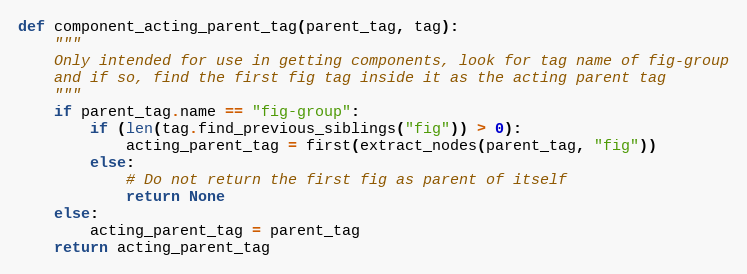
Language: Python
def component_acting_parent_tag(parent_tag, tag):
    """
    Only intended for use in getting components, look for tag name of fig-group
    and if so, find the first fig tag inside it as the acting parent tag
    """
    if parent_tag.name == "fig-group":
        if (len(tag.find_previous_siblings("fig")) > 0):
            acting_parent_tag = first(extract_nodes(parent_tag, "fig"))
        else:
            # Do not return the first fig as parent of itself
            return None
    else:
        acting_parent_tag = parent_tag
    return acting_parent_tag